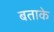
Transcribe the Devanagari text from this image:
बताके